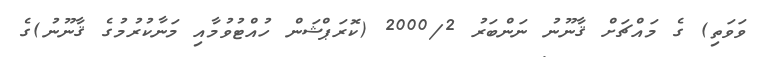
ވަވަތި) ގެ މައްޗަށް ޤާނޫނު ނަންބަރު 2000/2 (ކޮރަޕްޝަން ހުއްޓުވުމާއި މަނާކުރުމުގެ ޤާނޫނު)ގެ